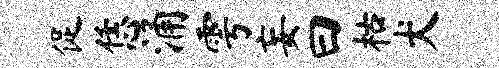
促恁涌雩妄曰枯犬